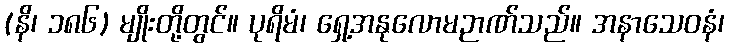
(နိ၊ ၁၈၆) မျိုးတို့တွင်။ ပုရိမံ၊ ရှေ့အနုလောမဉာဏ်သည်။ အနာသေဝနံ၊